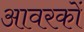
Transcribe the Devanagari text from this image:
आवरकों